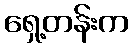
ရှေ့တန်းက